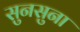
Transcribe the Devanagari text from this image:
सुनसुना